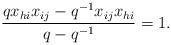
LaTeX: \begin{gather*}\frac{qx_{hi}x_{ij}-q^{-1}x_{ij}x_{hi}}{q-q^{-1}}=1.\end{gather*}